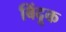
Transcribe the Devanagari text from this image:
बिंदूक